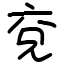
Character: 兗